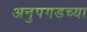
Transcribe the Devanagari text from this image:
अनुपगडच्या